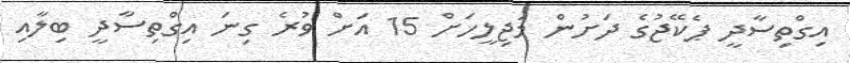
އިގްތިސާދީ ޕެކޭޖުގެ ދަށުން މަޖިލީހަށް 15 އަށް ވުރެ ގިނަ އިގްތިސާދީ ބިލާއި